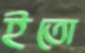
ইতো